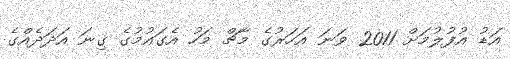
އަޑު އުފުލުމަށް 2011 ވަނަ އަހަރުގެ މާޗް މަހު އެގައުމުގެ ގިނަ އަދަދެއްގެ